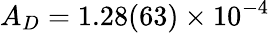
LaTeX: A_{D}=1.28(63)\times 10^{-4}